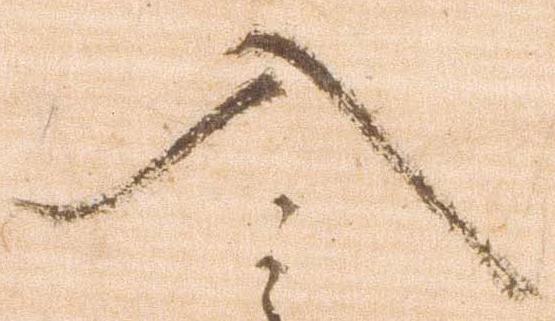
入